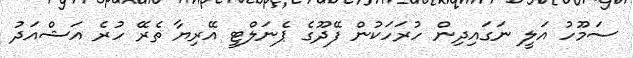
ސަމޫހު އަލީ ނަގައިދިން ހުރަހަކުން ފޭދޫގެ ޕެނަލްޓީ އޭރިޔާ ތެރޭ ހުރެ އަޝްއަދު